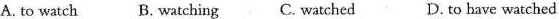
A. to watch B. watching C. watched D. to bave watched